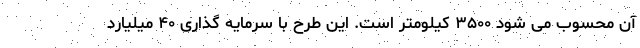
آن محسوب می شود ۳۵۰۰ کیلومتر است. این طرح با سرمایه گذاری ۴۰ میلیارد